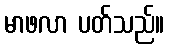
မာဖလာ ပတ်သည်။